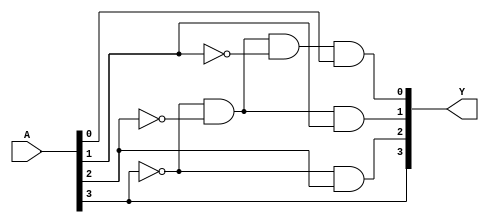
module PE4(A,Y);
input [3:0] A;
output [3:0] Y;
assign Y[0] = (~A[3])&(~A[2])&(~A[1])&(A[0]);
assign Y[1] = (~A[3])&(~A[2])&(A[1]);
assign Y[2] = (~A[3])&A[2];
assign Y[3] = A[3];
endmodule